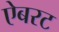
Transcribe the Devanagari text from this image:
ऐबरट